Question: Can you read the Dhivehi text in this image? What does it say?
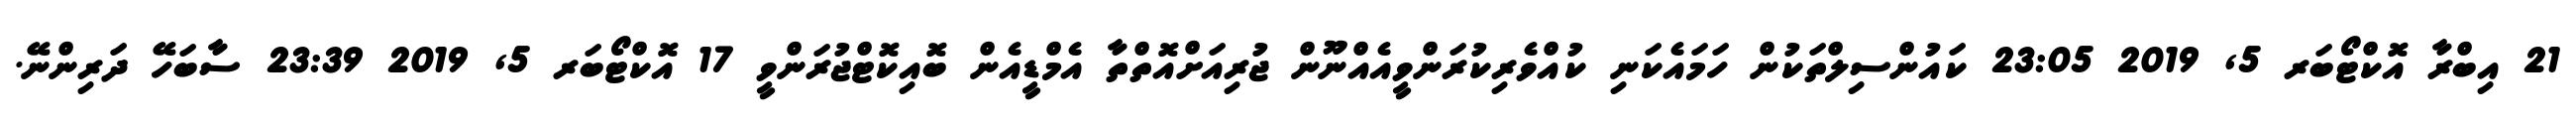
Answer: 21 އިބްރާ އޮކްޓޯބަރ 5, 2019 23:05 ކައުންސިލްތަކުން ހަމައެކަނި ކުއްވެރިކުރަންވީއެއްނޫން ޖުރިއަށްއޮތްތާ އެމްޑީއެން ބޮއިކޮޓްޖުރަންވީ 17 އޮކްޓޯބަރ 5, 2019 23:39 ސާބަހޭ ދަރިންނޭ.